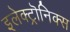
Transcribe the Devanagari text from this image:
इलेक्ट्रॊनिक्स